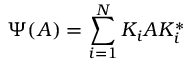
\Psi ( A ) = \sum _ { i = 1 } ^ { N } K _ { i } A K _ { i } ^ { * }